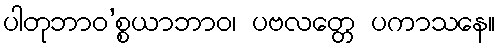
ပါတုဘာဝ’စ္စယာဘာဝ၊ ပဗလတ္တေ ပကာသနေ။